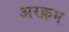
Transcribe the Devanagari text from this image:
अरक़म